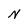
Character: N